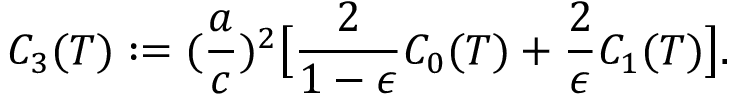
C _ { 3 } ( T ) : = ( \frac { a } { c } ) ^ { 2 } \bigl [ \frac { 2 } { 1 - \epsilon } C _ { 0 } ( T ) + \frac { 2 } { \epsilon } C _ { 1 } ( T ) \bigr ] .